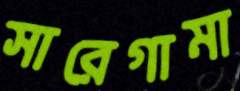
সারেগামা